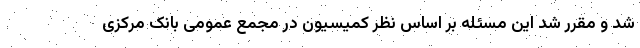
شد و مقرر شد این مسئله بر اساس نظر کمیسیون در مجمع عمومی بانک مرکزی